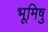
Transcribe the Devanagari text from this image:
भूमिषु